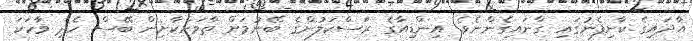
އާދައިގެ ކާށިފެނުގައި ގާނައިގެންނެވެ. އިންޑިއާގެ ރަސްކަލުންގެ ބޭނުމަށް ތާވަށްކާށިން ބޭސް ހެދި ވާހަކަ